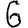
Digit: 6